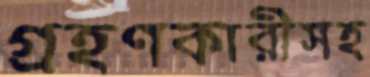
গ্রহণকারীসহ